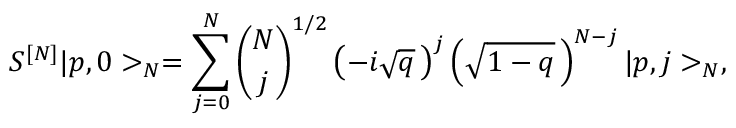
S ^ { [ N ] } \vert p , 0 > _ { N } = \sum _ { j = 0 } ^ { N } { \binom { N } { j } } ^ { 1 / 2 } \left( - i \sqrt { q } \, \right) ^ { j } \left( \sqrt { 1 - q } \, \right) ^ { N - j } \vert p , j > _ { N } ,